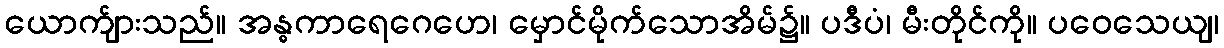
ယောက်ျားသည်။ အန္ဓကာရေဂေဟေ၊ မှောင်မိုက်သောအိမ်၌။ ပဒီပံ၊ မီးတိုင်ကို။ ပဝေသေယျ၊